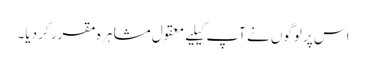
اس پر لوگوں نے آپ کیلیے معقول مشاہرہ مقرر کر دیا۔